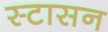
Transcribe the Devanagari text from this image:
स्टासन